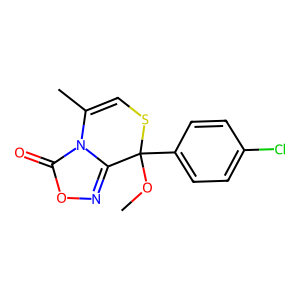
SMILES: COC1(c2ccc(Cl)cc2)SC=C(C)n2c1noc2=O
Inhibits HIV replication: No